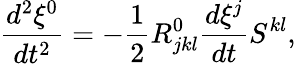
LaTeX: \frac{d^{2}\xi^{0}}{dt^{2}}=-\frac{1}{2}R_{jkl}^{0}\frac{d\xi^{j}}{dt}S^{kl},